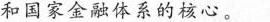
和国家金融体系的核心。